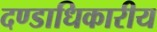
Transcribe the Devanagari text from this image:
दण्डाधिकारीय